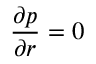
\frac { \partial p } { \partial r } = 0